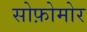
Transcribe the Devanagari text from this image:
सोफ़ोमोर